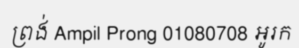
ព្រង់ Ampil Prong 01080708 អូរក